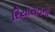
રિયાસતના